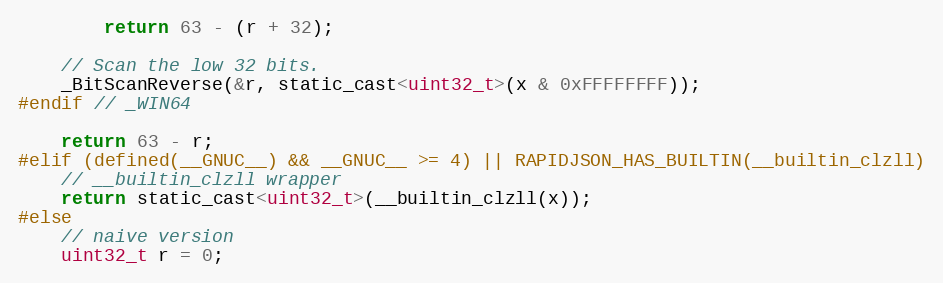
Language: C
        return 63 - (r + 32);

    // Scan the low 32 bits.
    _BitScanReverse(&r, static_cast<uint32_t>(x & 0xFFFFFFFF));
#endif // _WIN64

    return 63 - r;
#elif (defined(__GNUC__) && __GNUC__ >= 4) || RAPIDJSON_HAS_BUILTIN(__builtin_clzll)
    // __builtin_clzll wrapper
    return static_cast<uint32_t>(__builtin_clzll(x));
#else
    // naive version
    uint32_t r = 0;